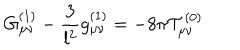
G _ { \mu \nu } ^ { ( 1 ) } - \frac { 3 } { l ^ { 2 } } g _ { \mu \nu } ^ { ( 1 ) } = - 8 \pi { \cal T } _ { \mu \nu } ^ { ( 0 ) }